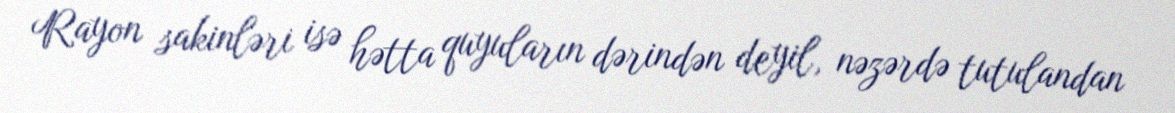
Rayon sakinləri isə hətta quyuların dərindən deyil, nəzərdə tutulandan